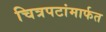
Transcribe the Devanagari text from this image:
चित्रपटांमार्फत